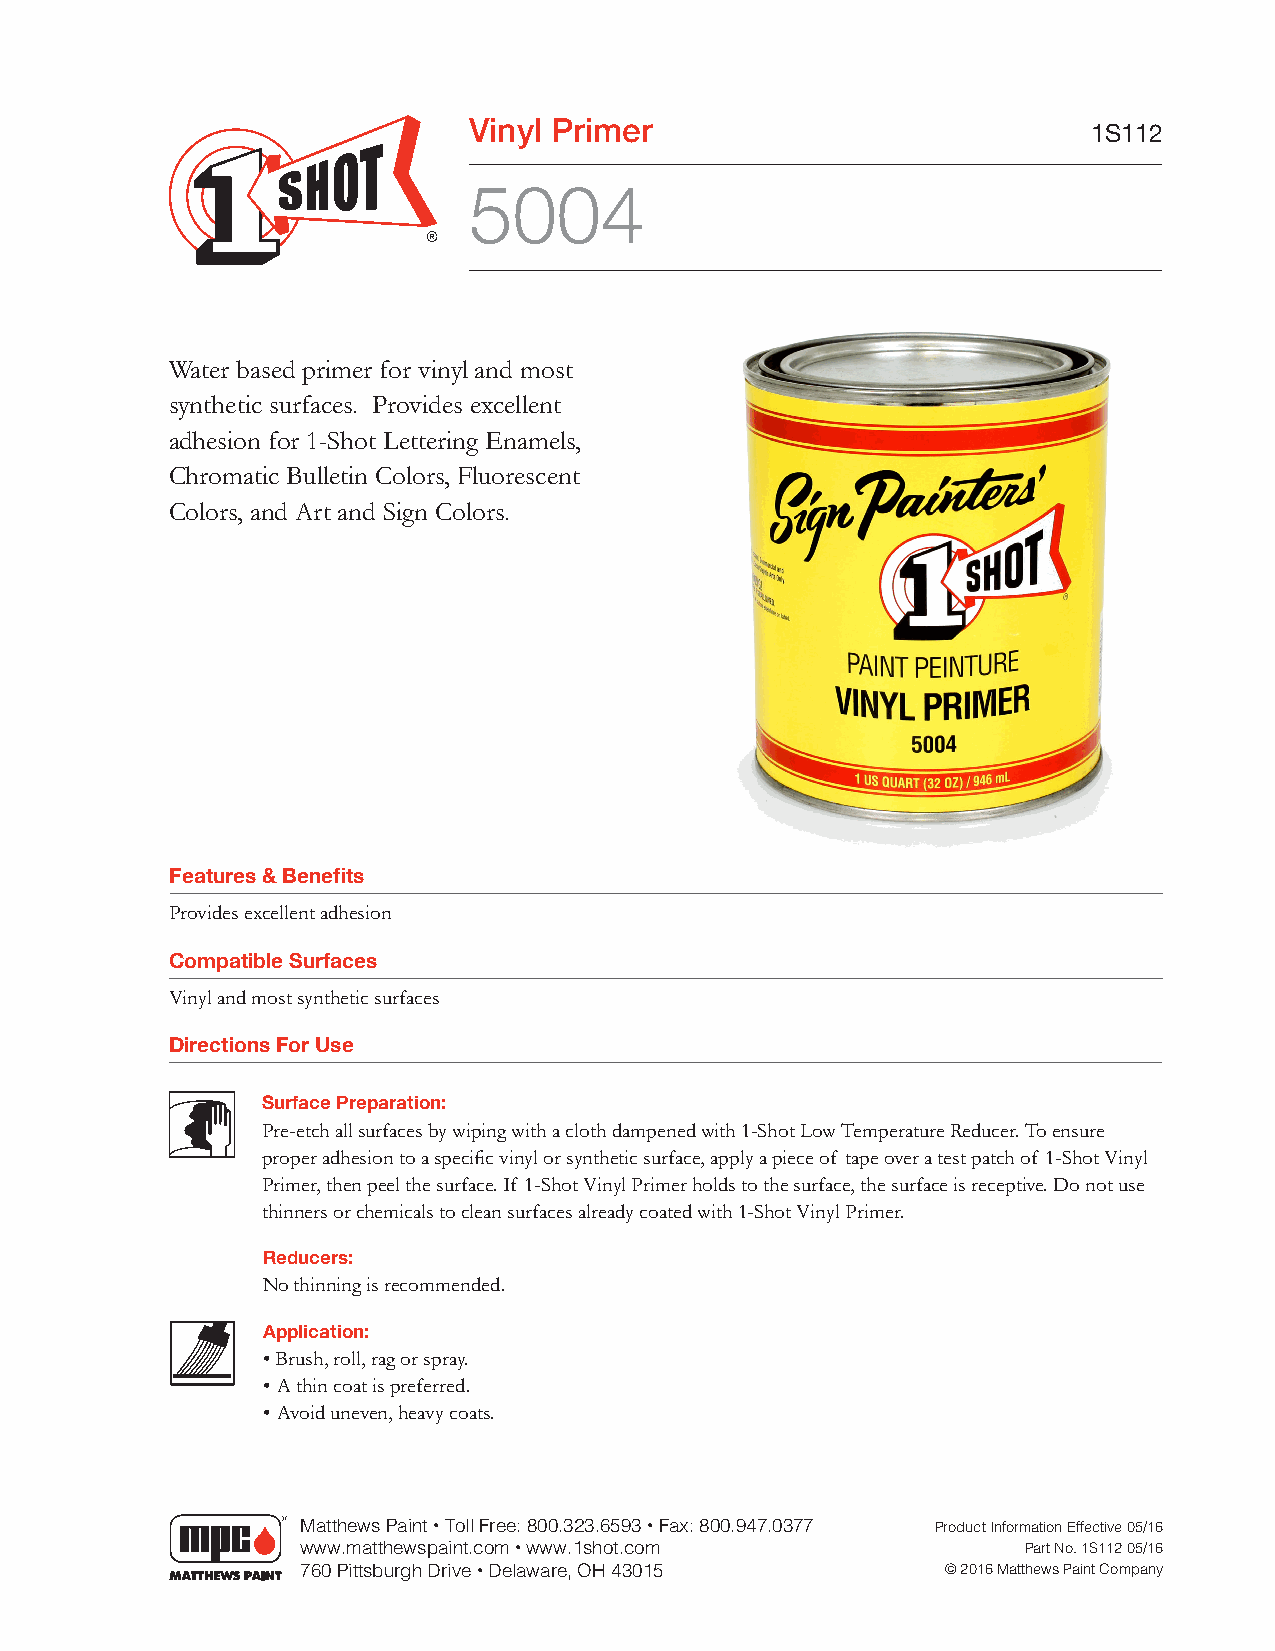
Vinyl Primer
 1S112
 5004
 Water based primer for vinyl and most
 synthetic surfaces. Provides excellent
 adhesion for 1-Shot Lettering Enamels,
 Chromatic Bulletin Colors, Fluorescent
 Colors, and Art and Sign Colors.
 Features & Benefits
 Provides excellent adhesion
 Compatible Surfaces
 Vinyl and most synthetic surfaces
 Directions For Use
 Surface Preparation:
 Pre-etch all surfaces by wiping with a cloth dampened with 1-Shot Low Temperature Reducer. To ensure
 proper adhesion to a specific vinyl or synthetic surface, apply a piece of tape over a test patch of 1-Shot Vinyl
 Primer, then peel the surface. If 1-Shot Vinyl Primer holds to the surface, the surface is receptive. Do not use
 thinners or chemicals to clean surfaces already coated with 1-Shot Vinyl Primer.
 Reducers:
 No thinning is recommended.
 Application:
 • Brush, roll, rag or spray.
 • A thin coat is preferred.
 • Avoid uneven, heavy coats.
 Matthews Paint • Toll Free: 800.323.6593 • Fax: 800.947.0377 Product Information Effective 05/16
 www.matthewspaint.com • www.1shot.com           Part No. 1S112 05/16
 760 Pittsburgh Drive • Delaware, OH 43015  © 2016 Matthews Paint Company